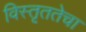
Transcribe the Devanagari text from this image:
विस्तृततेचा